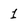
Character: 1